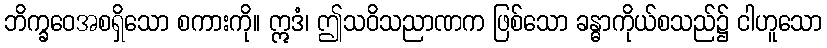
ဘိက္ခဝေအစရှိသော စကားကို။ ဣဒံ၊ ဤသဝိသညာဏက ဖြစ်သော ခန္ဓာကိုယ်စသည်၌ ငါဟူသော